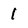
Character: 1